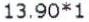
13.90*1